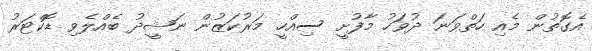
އެގޮތުން މެއި ހަތްވަނަ ދުވަހު މާފުށީ ސިއްހީ މަރުކަޒުން ނަޝީދު ބެއްލެވި ޑޮކްޓަރު